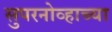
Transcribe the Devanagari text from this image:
सुपरनोव्हाच्या